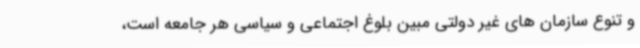
و تنوع سازمان های غیر دولتی مبین بلوغ اجتماعی و سیاسی هر جامعه است،